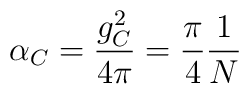
\alpha_C={g^2_C\over 4\pi}={\pi \over 4}{1\over N}